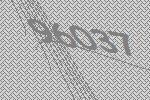
96037